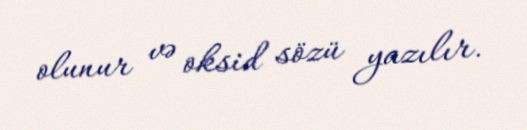
olunur və oksid sözü yazılır.